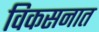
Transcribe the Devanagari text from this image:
विकसनात